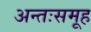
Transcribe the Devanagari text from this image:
अन्तःसमूह